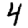
Digit: 4